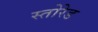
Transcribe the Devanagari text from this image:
स्तोरेड